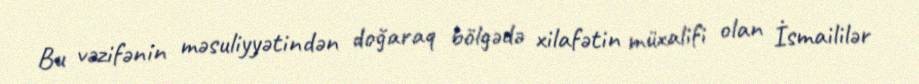
Bu vəzifənin məsuliyyətindən doğaraq bölgədə xilafətin müxalifi olan İsmaililər